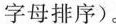
字母排序)。